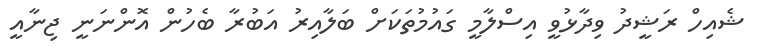
ޝެއިހް ރަޝީދު ވިދާޅުވީ އިސްލާމީ ގައުމުތަކަށް ބަލާއިރު އަބުރާ ބެހުން އޮންނަނީ ޖިނާއީ